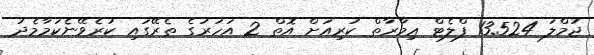
ޖުމްލަ 13